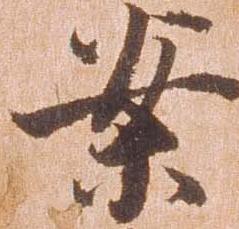
案